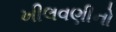
ખીલવણીનો